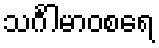
သင်္ဂါမာဝစရေ